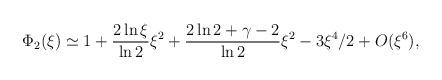
LaTeX: \begin{align*}\Phi_2(\xi) &\simeq 1 + \frac {2 \ln \xi}{\ln2} \xi^2 + \frac{2 \ln 2 +\gamma - 2}{\ln 2} \xi^2 - 3 \xi^4/2 + O (\xi^6), \\ \end{align*}